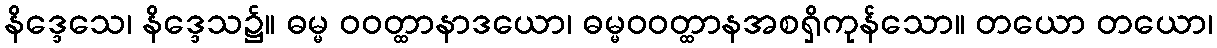
နိဒ္ဒေသေ၊ နိဒ္ဒေသ၌။ ဓမ္မ ဝဝတ္ထာနာဒယော၊ ဓမ္မဝဝတ္ထာနအစရှိကုန်သော။ တယော တယော၊